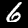
Digit: 6